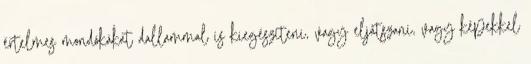
értelmes mondókákat dallammal is kiegészíteni, vagy eljátszani, vagy képekkel